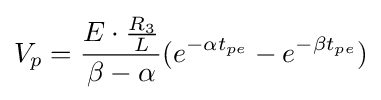
V_{p}={\frac {E\cdot {\frac {R_{3}}{L}}}{\beta -\alpha }}(e^{-\alpha t_{pe}}-e^{-\beta t_{pe}})